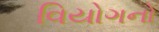
વિયોગનો